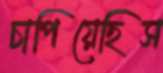
চাপিয়েছিস